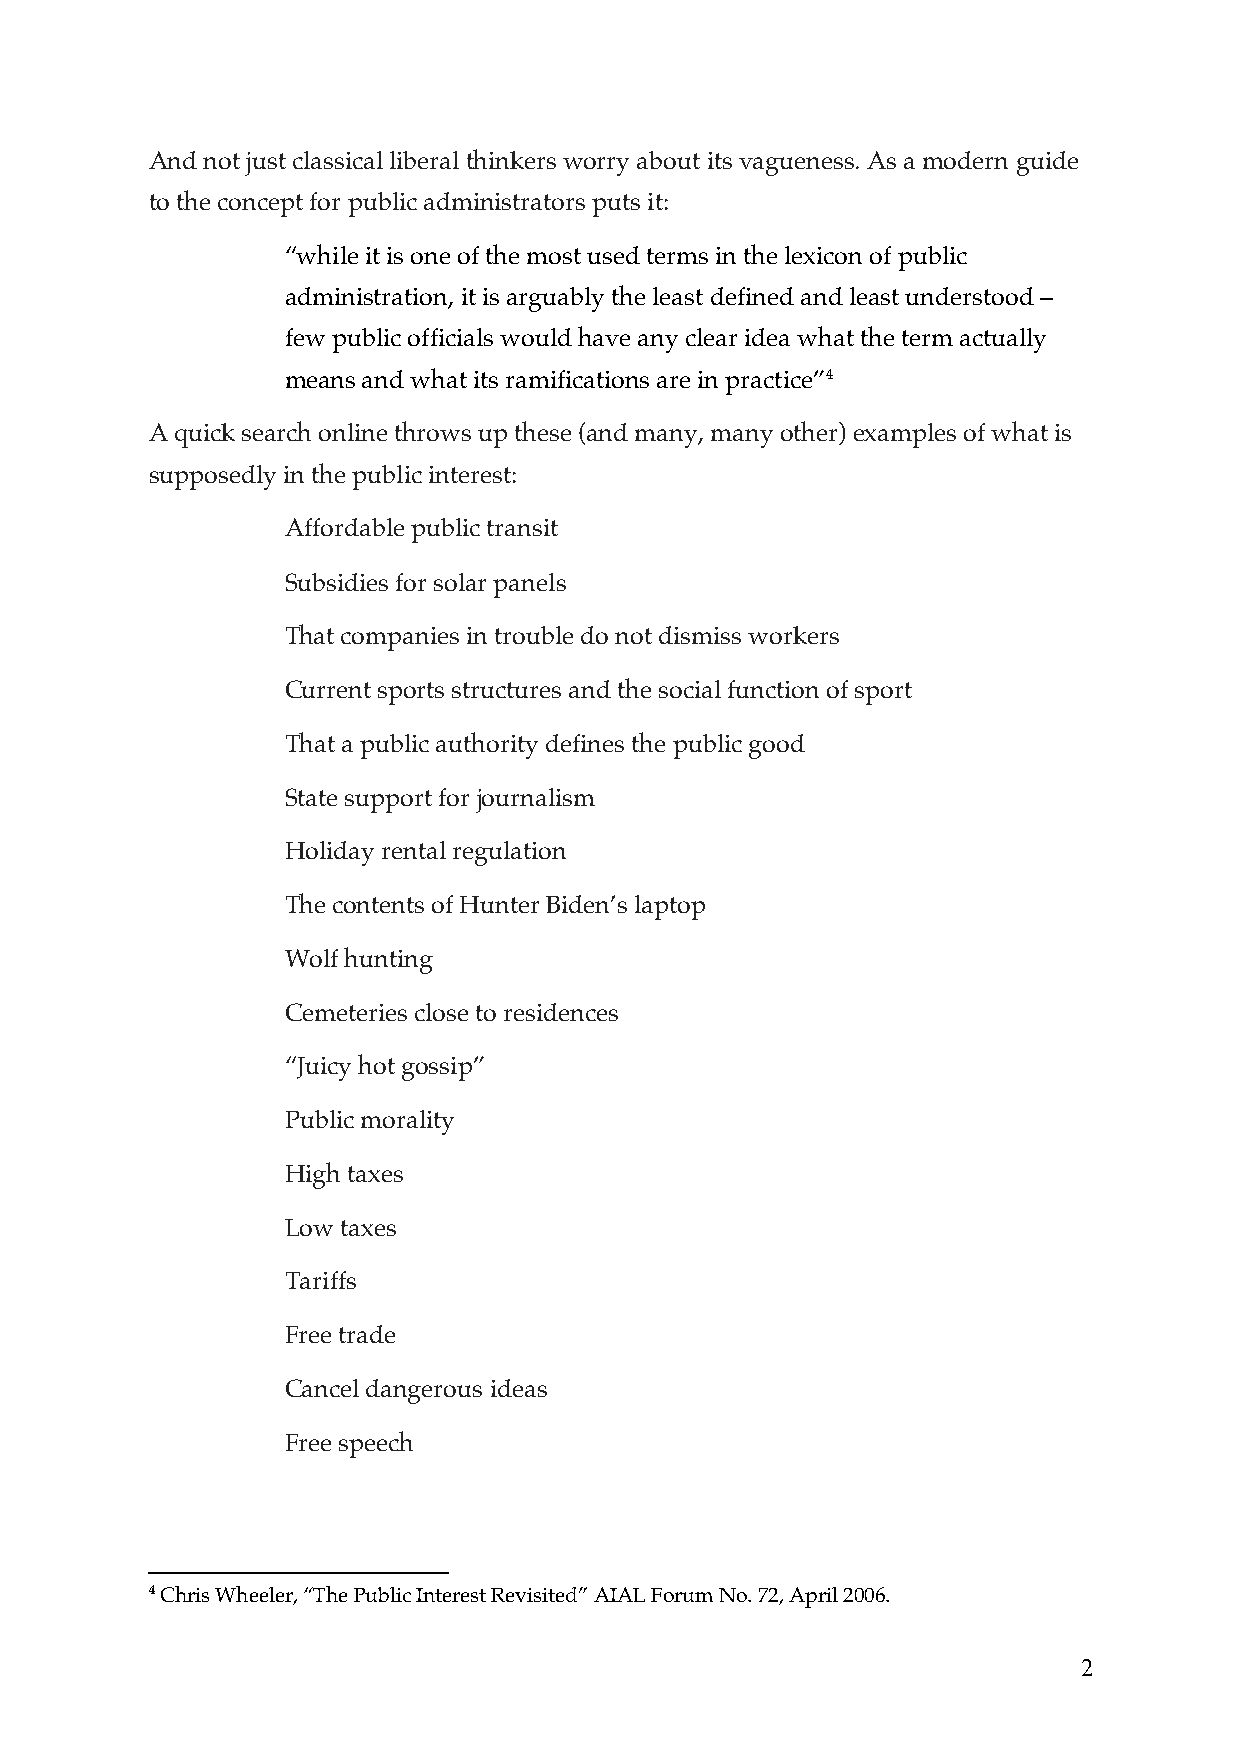
And not just classical liberal thinkers worry about its vagueness. As a modern guide
 to the concept for public administrators puts it:
 “while it is one of the most used terms in the lexicon of public
 administration, it is arguably the least defined and least understood –
 few public officials would have any clear idea what the term actually
 means and what its ramifications are in practice”4
 A quick search online throws up these (and many, many other) examples of what is
 supposedly in the public interest:
 Affordable public transit
 Subsidies for solar panels
 That companies in trouble do not dismiss workers
 Current sports structures and the social function of sport
 That a public authority defines the public good
 State support for journalism
 Holiday rental regulation
 The contents of Hunter Biden’s laptop
 Wolf hunting
 Cemeteries close to residences
 “Juicy hot gossip”
 Public morality
 High taxes
 Low taxes
 Tariffs
 Free trade
 Cancel dangerous ideas
 Free speech
 4 Chris Wheeler, “The Public Interest Revisited” AIAL Forum No. 72, April 2006.
 2